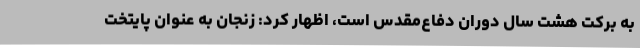
به برکت هشت سال دوران دفاع‌مقدس است، اظهار کرد: زنجان به عنوان پایتخت